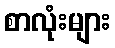
စာလုံးများ